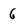
Character: 6